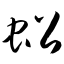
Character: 蚣